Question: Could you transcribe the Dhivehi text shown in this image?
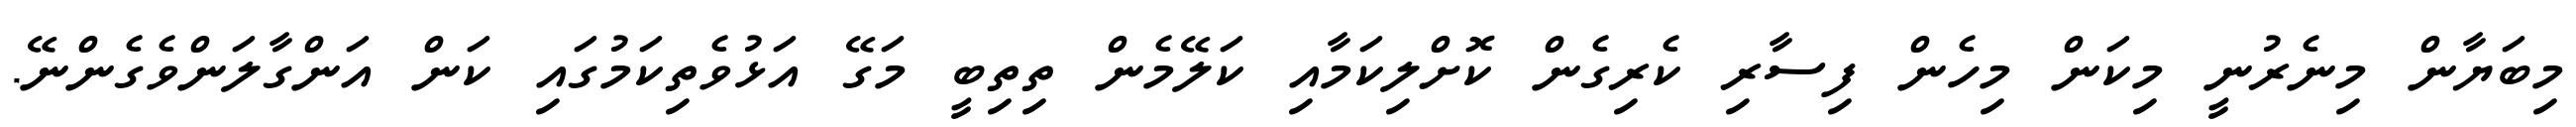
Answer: މިބަޔާން މިނެރުނީ މިކަން މިހެން ފިސާރި ކެރިގެން ކޮށްލިކަމާއި ކަލޭމެން ތިތިބީ މަގޭ އަޅުވެތިކަމުގައި ކަން އަންގާލަންވެގެންނޭ.